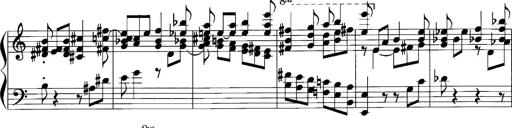
Title: Sonatina No.1
Composer: Otto Stoll
Key: C major